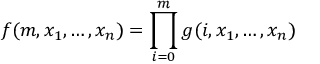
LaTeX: f ( m , x _ { 1 } , \ldots , x _ { n } ) = \prod _ { i = 0 } ^ { m } g ( i , x _ { 1 } , \ldots , x _ { n } )